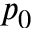
p _ { 0 }